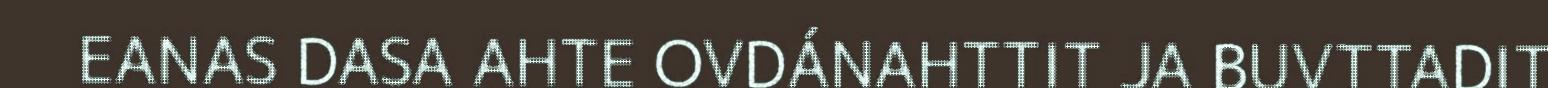
EANAS DASA AHTE OVDÁNAHTTIT JA BUVTTADIT